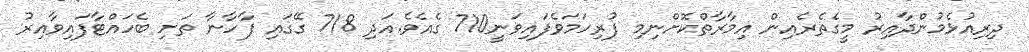
ދިރިއުޅެމުންދާއިރު މީގެތެރެއިން އިމާރާތްކޮށްނިމި ފުރިހަމަވެފައިވަނީ710 ގެއެވެ.އަދި 718 ގޭގައި ފާހާނާ ތަށި ބެހައްޓާފައިވާއިރު